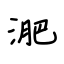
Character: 淝